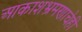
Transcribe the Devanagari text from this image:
आकाशभ्रमणाचेही